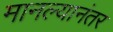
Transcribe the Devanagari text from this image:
मानल्यानंतर